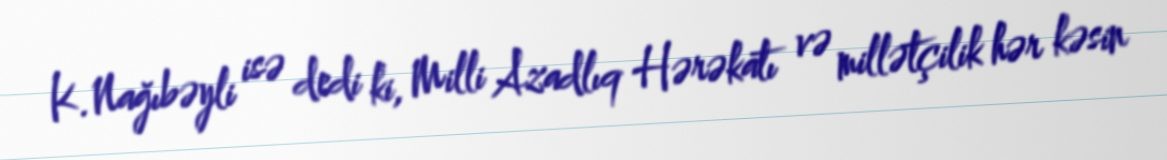
K.Nağıbəyli isə dedi ki, Milli Azadlıq Hərəkatı və millətçilik hər kəsin